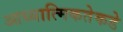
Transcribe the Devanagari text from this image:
आध्यात्मिकतेकडे